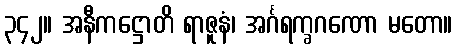
၃၄၂။ အနီကဋ္ဌောတိ ရာဇူနံ၊ အင်္ဂရက္ခဂဏော မတော။